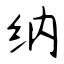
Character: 纳